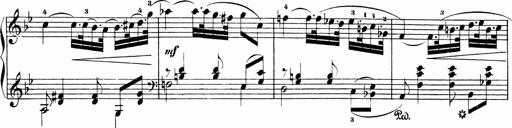
Title: Sonatinas
Composer: Andrew Violette